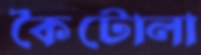
কৈটোলা